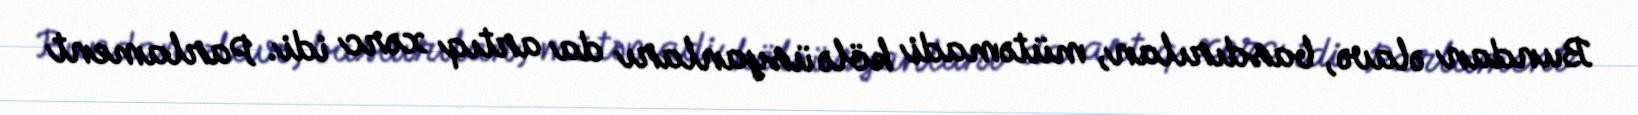
Bundan əlavə, basdırılan, mütəmadi kölə üsyanları da artıq xərc idi. Parlament